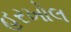
હરખોલ